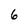
Character: 6